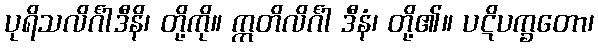
ပုရိသလိင်္ဂါဒီနိ၊ တို့ကို။ ဣတိလိင်္ဂါ ဒီနံ၊ တို့၏။ ပဋိပက္ခတော၊